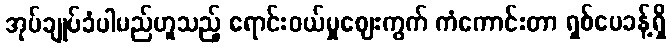
အုပ်ချုပ်ခံပါမည်ဟူသည့် ရောင်းဝယ်မှုဈေးကွက် ကံကောင်းတာ ရှစ်ပေခန့်ရှိ